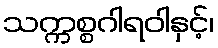
သက္ကစ္စဂါရဝါနှင့်၊